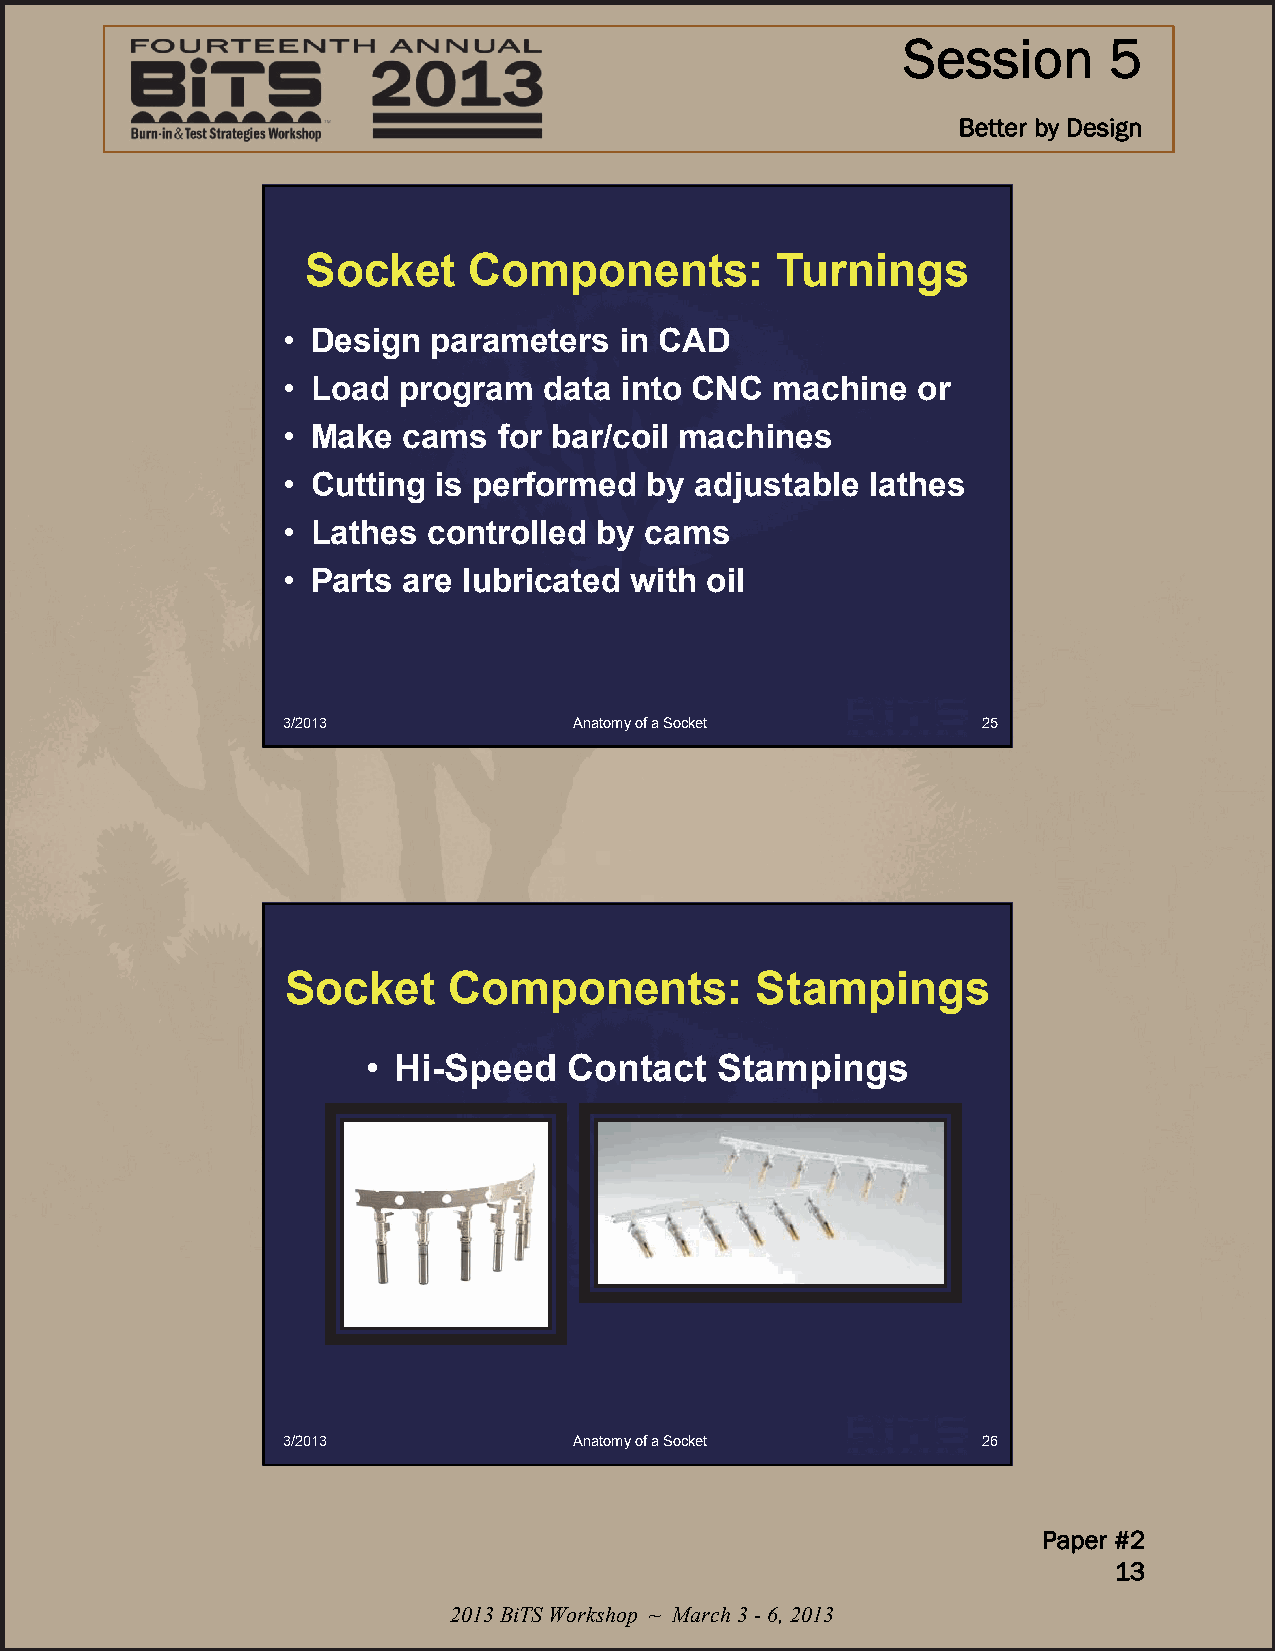
Session      5
 Better by Design
 Socket     Components:         Turnings
 • Design  parameters  in CAD
 • Load program   data into CNC  machine   or
 • Make  cams  for bar/coil machines
 • Cutting is performed  by adjustable  lathes
 • Lathes controlled  by cams
 • Parts are lubricated with oil
 3/2013             Anatomy of a Socket        25
 Socket     Components:         Stampings
 • Hi-Speed    Contact  Stampings
 3/2013             Anatomy of a Socket        26
 Paper #2
 13
 2013 BiTS Workshop ~ March 3 -6, 2013